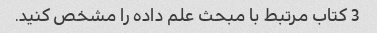
3 کتاب مرتبط با مبحث علم داده را مشخص کنید.